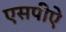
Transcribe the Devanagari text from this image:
एसपीऐ